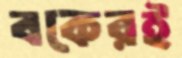
বকেরই